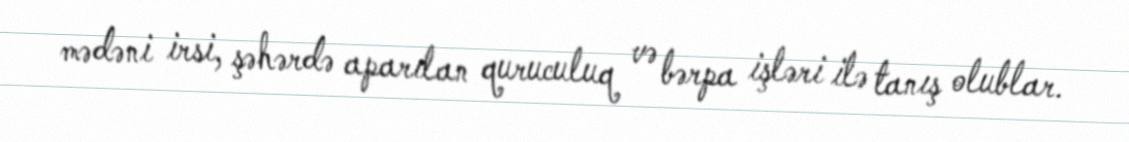
mədəni irsi, şəhərdə aparılan quruculuq və bərpa işləri ilə tanış olublar.